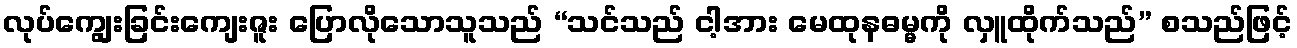
လုပ်ကျွေးခြင်းကျေးဇူး ပြောလိုသောသူသည် “သင်သည် ငါ့အား မေထုနဓမ္မကို လှူထိုက်သည်” စသည်ဖြင့်